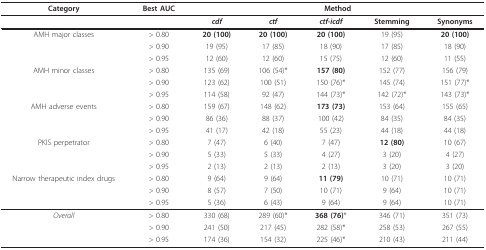
<table><thead><tr><td><b>Category</b></td><td><b>Best AUC</b></td><td colspan="5"><b>Method</b></td></tr></thead><tbody><tr><td>[EMPTY_CELL]</td><td>[EMPTY_CELL]</td><td><i><b>cdf</b></i></td><td><i><b>ctf</b></i></td><td><i><b>ctf-icdf</b></i></td><td><b>Stemming</b></td><td><b>Synonyms</b></td></tr><tr><td>AMH major classes</td><td>&gt; 0.80</td><td><b>20 (100)</b></td><td><b>20 (100)</b></td><td><b>20 (100)</b></td><td>19 (95)</td><td><b>20 (100)</b></td></tr><tr><td>[EMPTY_CELL]</td><td>&gt; 0.90</td><td>19 (95)</td><td>17 (85)</td><td>18 (90)</td><td>17 (85)</td><td>18 (90)</td></tr><tr><td>[EMPTY_CELL]</td><td>&gt; 0.95</td><td>12 (60)</td><td>12 (60)</td><td>15 (75)</td><td>12 (60)</td><td>11 (55)</td></tr><tr><td>AMH minor classes</td><td>&gt; 0.80</td><td>135 (69)</td><td>106 (54)*</td><td><b>157 (80)</b></td><td>152 (77)</td><td>156 (79)</td></tr><tr><td>[EMPTY_CELL]</td><td>&gt; 0.90</td><td>123 (62)</td><td>100 (51)</td><td>150 (76)*</td><td>145 (74)</td><td>151 (77)*</td></tr><tr><td>[EMPTY_CELL]</td><td>&gt; 0.95</td><td>114 (58)</td><td>92 (47)</td><td>144 (73)*</td><td>142 (72)*</td><td>143 (73)*</td></tr><tr><td>AMH adverse events</td><td>&gt; 0.80</td><td>159 (67)</td><td>148 (62)</td><td><b>173 (73)</b></td><td>153 (64)</td><td>155 (65)</td></tr><tr><td>[EMPTY_CELL]</td><td>&gt; 0.90</td><td>86 (36)</td><td>88 (37)</td><td>100 (42)</td><td>84 (35)</td><td>84 (35)</td></tr><tr><td>[EMPTY_CELL]</td><td>&gt; 0.95</td><td>41 (17)</td><td>42 (18)</td><td>55 (23)</td><td>44 (18)</td><td>44 (18)</td></tr><tr><td>PKIS perpetrator</td><td>&gt; 0.80</td><td>7 (47)</td><td>6 (40)</td><td>7 (47)</td><td><b>12 (80)</b></td><td>10 (67)</td></tr><tr><td>[EMPTY_CELL]</td><td>&gt; 0.90</td><td>5 (33)</td><td>5 (33)</td><td>4 (27)</td><td>3 (20)</td><td>4 (27)</td></tr><tr><td>[EMPTY_CELL]</td><td>&gt; 0.95</td><td>2 (13)</td><td>2 (13)</td><td>2 (13)</td><td>3 (20)</td><td>3 (20)</td></tr><tr><td>Narrow therapeutic index drugs</td><td>&gt; 0.80</td><td>9 (64)</td><td>9 (64)</td><td><b>11 (79)</b></td><td>10 (71)</td><td>10 (71)</td></tr><tr><td>[EMPTY_CELL]</td><td>&gt; 0.90</td><td>8 (57)</td><td>7 (50)</td><td>10 (71)</td><td>9 (64)</td><td>10 (71)</td></tr><tr><td>[EMPTY_CELL]</td><td>&gt; 0.95</td><td>5 (36)</td><td>6 (43)</td><td>9 (64)</td><td>9 (64)</td><td>10 (71)</td></tr><tr><td><i>Overall</i></td><td>&gt; 0.80</td><td>330 (68)</td><td>289 (60)*</td><td><b>368 (76)</b>*</td><td>346 (71)</td><td>351 (73)</td></tr><tr><td>[EMPTY_CELL]</td><td>&gt; 0.90</td><td>241 (50)</td><td>217 (45)</td><td>282 (58)*</td><td>258 (53)</td><td>267 (55)</td></tr><tr><td>[EMPTY_CELL]</td><td>&gt; 0.95</td><td>174 (36)</td><td>154 (32)</td><td>225 (46)*</td><td>210 (43)</td><td>211 (44)</td></tr></tbody></table>